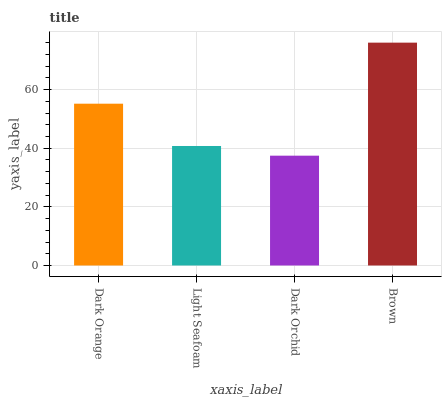
| xaxis_label | bars |
 | --- | --- |
 | Dark Orange | 55.2 |
 | Light Seafoam | 40.8 |
 | Dark Orchid | 37.5 |
 | Brown | 76 |